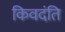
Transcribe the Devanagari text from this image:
किवदंति